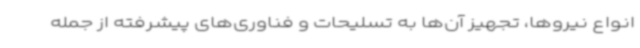
انواع نیروها، تجهیز آن‌ها به تسلیحات و فناوری‌های پیشرفته از جمله